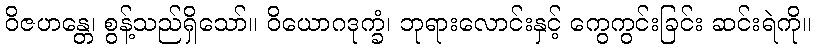
ဝိဇဟန္တေ၊ စွန့်သည်ရှိသော်။ ဝိယောဂဒုက္ခံ၊ ဘုရားလောင်းနှင့် ကွေကွင်းခြင်း ဆင်းရဲကို။